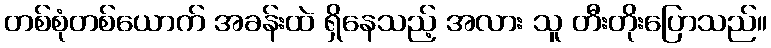
တစ်စုံတစ်ယောက် အခန်းထဲ ရှိနေသည့် အလား သူ တီးတိုးပြောသည်။